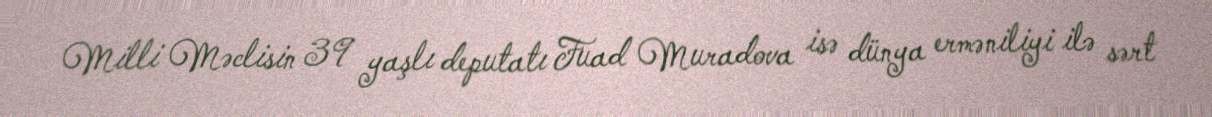
Milli Məclisin 39 yaşlı deputatı Fuad Muradova isə dünya erməniliyi ilə sərt